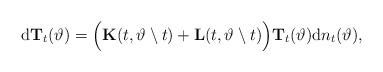
LaTeX: \begin{align*}\mathrm{d}\mathbf{T}_{t}(\vartheta)=\Big(\mathbf{K}(t,\vartheta\setminus t)+\mathbf{L}(t,\vartheta\setminus t)\Big)\mathbf{T}_t(\vartheta)\mathrm{d}n_t(\vartheta),\end{align*}